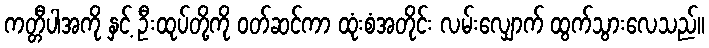
ကတ္တီပါအကို နှင့် ဦးထုပ်တို့ကို ဝတ်ဆင်ကာ ထုံးစံအတိုင်း လမ်းလျှောက် ထွက်သွားလေသည်။